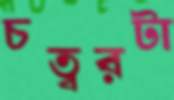
চত্বরটা